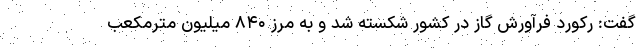
گفت: رکورد فرآورش گاز در کشور شکسته شد و به مرز ۸۴۰ میلیون مترمکعب